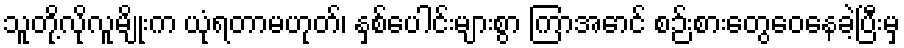
သူတို့လိုလူမျိုးက ယုံရတာမဟုတ်၊ နှစ်ပေါင်းများစွာ ကြာအောင် စဉ်းစားတွေဝေနေခဲ့ပြီးမှ